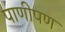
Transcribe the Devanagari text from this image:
पाणीपण